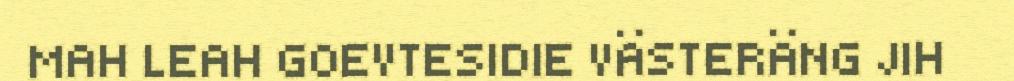
MAH LEAH GOEVTESIDIE VÄSTERÄNG JIH